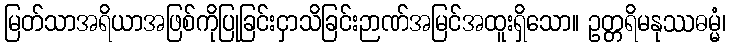
မြတ်သာအရိယာအဖြစ်ကိုပြုခြင်းငှာသိခြင်းဉာဏ်အမြင်အထူးရှိသော။ ဥတ္တရိမနုဿဓမ္မံ၊